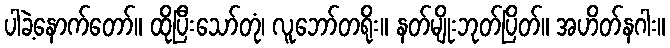
ပါခဲ့နောက်တော်။ ထိုပြီးသော်တုံ၊ လူဘော်တရိုး။ နတ်မျိုးဘုတ်ပြိတ်။ အဟိတ်နဂါး။